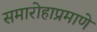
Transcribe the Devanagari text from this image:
समारोहाप्रमाणे